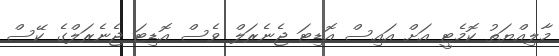
މާލިއްޔަތު ކޮމެޓީ އަށް އައިސް އޮޑިޓަ ޖެނެރަލް ވެސް އޮޑިޓަ ޖެނެރަލްގެ ކޭސް